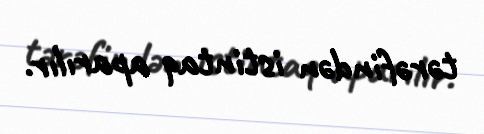
tərəfindən istintaq aparılır.